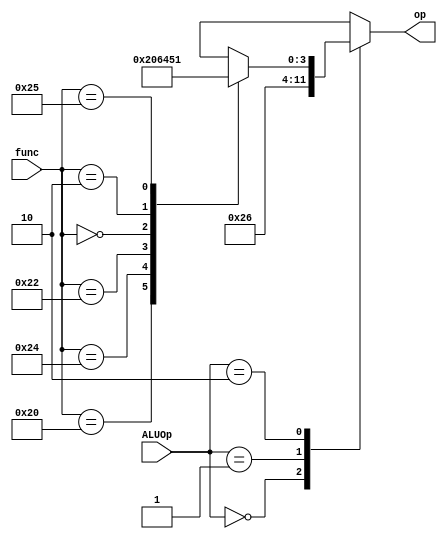
module ALU_CNTRL(op,ALUOp,func);

input wire[5:0] func;
input wire[1:0] ALUOp;
output reg[3:0] op;//output

always@(ALUOp or func)
begin

	case(ALUOp)
/*sw,lw */	2'b00 : begin
		         op<=4'b0010;
		end

/*beq*/		2'b01 : begin
		         op<=4'b0110;
		end

/*RType*/	2'b10 : begin
        	        case(func)
		        32 : begin  op<=4'b0010; end //add
		        36 : begin  op<=4'b0000; end //and
		        34 : begin  op<=4'b0110; end //sub
		        0  : begin  op<=4'b0100; end //sll
		        2  : begin  op<=4'b0101; end //srl
		        37  : begin  op<=4'b0001; end //or
			default : begin op=4'bxxxx; end
		        endcase
			end	

		default : begin
			   op<=4'bxxxx;
		end
	endcase
end
endmodule



/*********ALU CONTROL TESTBENCH**********/

module AluCntrlTB ;

reg[5:0] func;
reg[1:0] ALUOp;
wire[3:0] op ;

ALU_CNTRL a1(op,ALUOp,func);

initial
begin

$monitor("%b  %b  %d",ALUOp,op,func);
#2
ALUOp = 2'b00;
#2
ALUOp = 2'b01;
#2
ALUOp = 2'b10;
func = 0;
#2
ALUOp=2'b10;
func = 2; 
end

endmodule


/*********ALU MODULE**********/


module ALU(A,B,op,shift_amt,result,zeroflag);
	
input wire[31:0] A;
input wire[31:0] B;
input wire[3:0] op;
input wire[4:0] shift_amt;
output integer result;
output wire zeroflag;
always @(A or B or op or shift_amt) begin
		case(op)
			4'b0010: begin
				result <= $signed(A) + $signed(B);
				//if((A[31] == B[31]) && (A[31] != result[31])) overflow <= 1;
				//else overflow <= 0;
			end
			4'b0110: begin
				result <= $signed(A) - $signed(B);
				//if((A[31] == B[31]) && (A[31] != result[31])) overflow <= 1;
				//else overflow <= 0;
			end
			4'b0000: begin
				result <= A & B;
				//overflow <= 0;
			end
			4'b0001: begin
				result <= A | B;
				//overflow <= 0;
			end
			4'b0100: begin
				result <= B << shift_amt;
				//overflow <= 0;
			end
			4'b0101: begin
				result <= B >> shift_amt;
				//overflow <= 0;
			end
			/*6: begin
				result <= $signed(A) >>> shift_amt;
				overflow <= 0;
			end
			7: begin
				result <= $signed(A)>$signed(B);
				overflow <= 0;
			end
			8: begin
				result <= $signed(A)<$signed(B);
				overflow <= 0;
			end*/
			default: begin
				result <= 32'bxxxx_xxxx_xxxx_xxxx_xxxx_xxxx_xxxx_xxxx;
				//overflow <= 1'bx;
			end
		endcase
	end
assign zeroflag = (result==0)?1'b 1:1'b 0;
endmodule

/*********ALU ONLY TESTBENCH**********/

module test_ALU;

	integer  A,B;
	reg [3:0] op;
	reg [4:0] shift_amt;
	wire zeroflag;
	wire[31:0] result;
	ALU A1(A,B,op,shift_amt,result,zeroflag);

	initial begin
		A = 198456911;
		B = -198456911;
//		B = 198456910;
		op=2;
		shift_amt=3;
		$monitor ("op: %d \nA: %b \nB: %b \nResult: %b  %d \n" ,op,A,B,result,$signed(result));
	end

endmodule 


/*********ALU + ALU CONTROL TESTBENCH**********/

module ALUandCNTRLTB ;

wire[3:0]op;
reg[5:0] func;
reg[1:0] ALUOp;

wire[31:0]result;
integer A,B;
reg[4:0]shift_amt;
wire zeroflag;

ALU_CNTRL alucntrl1(op,ALUOp,func);
ALU alu1(A,B,op,shift_amt,result,zeroflag);

initial
begin
$monitor ("op: %b \nA: %b \nB: %b \nResult: %b  %d \nZero: %d \n" ,op,A,B,result,$signed(result),zeroflag);
#2
A = 198456911;
B = -198456911;
//	B = 198456910;
shift_amt=3;
ALUOp = 2'b00;
//      func = 32;

end
endmodule